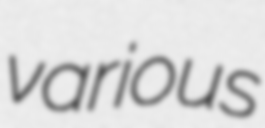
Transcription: various